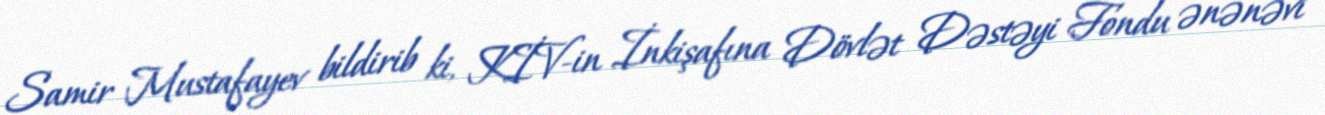
Samir Mustafayev bildirib ki, KİV-in İnkişafına Dövlət Dəstəyi Fondu ənənəvi